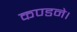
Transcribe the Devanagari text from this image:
कण्डने।